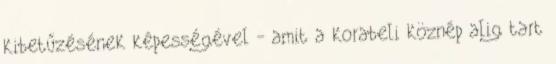
kibetűzésének képességével - amit a korabeli köznép alig tart